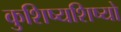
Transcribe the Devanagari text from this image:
कुशिष्यशिष्यो